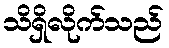
သိရှိလိုက်သည်